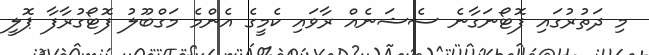
މި ދަތުރުގައި ފޮޓޯނަގާނެ ސެޝަނެއް ރާވައި ކެމީގެ އެންމެ މަގްބޫލު ފޮޓޯގުރާފާ ޕޮލީ